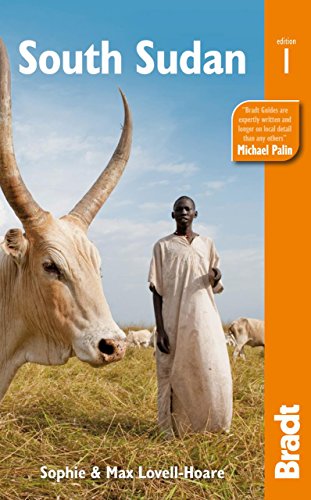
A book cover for South Sudan (Bradt Travel Guide); Max Lovell-Hoare; Travel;